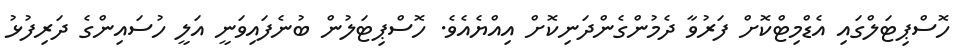
ހޮސްޕިޓަލްގައި އެޑްމިޓްކޮށް ފަރުވާ ދެމުންގެންދަނިކޮށް އިއްޔެއެވެ. ހޮސްޕިޓަލުން ބުނެފައިވަނީ އަލީ ހުސައިންގެ ދަރިފުޅު